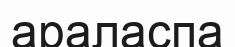
араласпа